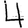
Digit: 4